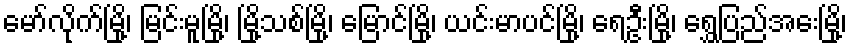
မော်လိုက်မြို့၊ မြင်းမူမြို့၊ မြို့သစ်မြို့၊ မြောင်မြို့၊ ယင်းမာပင်မြို့၊ ရေဦးမြို့၊ ရွှေပြည်အေးမြို့၊